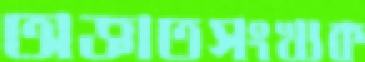
অজ্ঞাতসংখ্যক